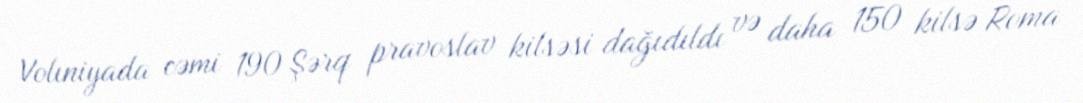
Volıniyada cəmi 190 Şərq pravoslav kilsəsi dağıdıldı və daha 150 kilsə Roma